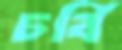
চর্বি